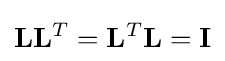
\mathbf {L} \mathbf {L} ^{T}=\mathbf {L} ^{T}\mathbf {L} =\mathbf {I}